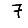
Digit: 7